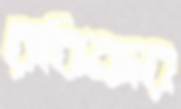
রবিন্দর